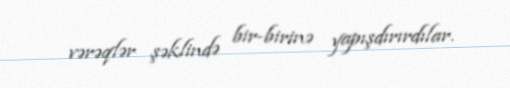
vərəqlər şəklində bir-birinə yapışdırırdılar.